Annual administration and progress report of the Indian Medical Department, Bombay
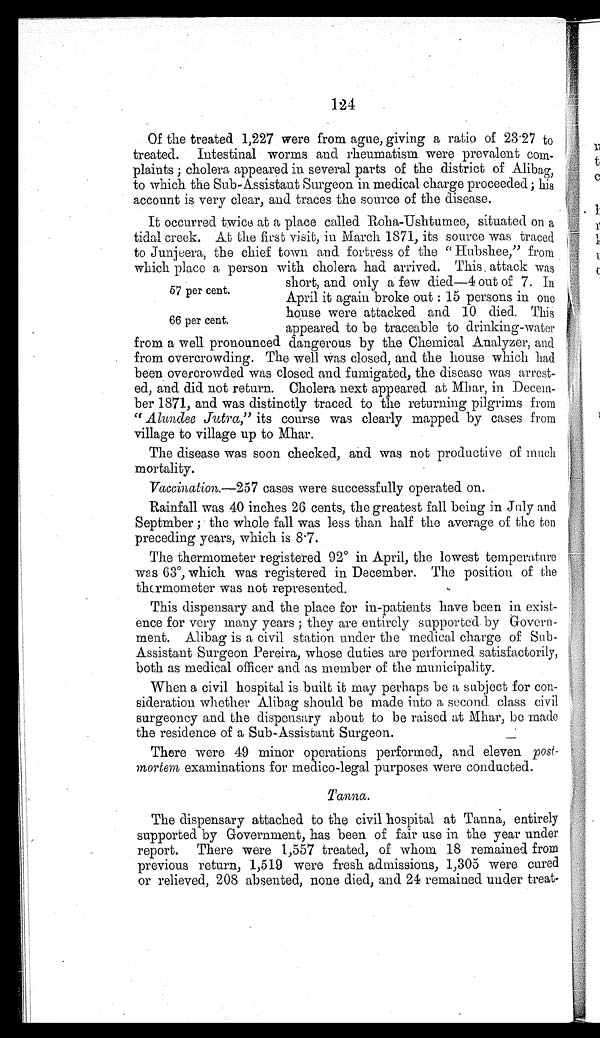
124
Of the treated 1,227 were from ague, giving a ratio of 23.27 to
treated. Intestinal worms and rheumatism were prevalent com-
plaints ; cholera appeared in several parts of the district of Alibag,
to which the Sub-Assistant Surgeon in medical charge proceeded ; his
account is very clear, and traces the source of the disease.
It occurred twice at a place called Roha-Ushtumee, situated on a
tidal creek. At the first visit, in March 1871, its source was traced
to Junjeera, the chief town and fortress of the " Hubshee," from
which place a person with cholera had arrived. This attack was
short, and only a few died—4 out of 7. In
April it again broke out : 15 persons in one
house were attacked and 10 died. This
appeared to bo traceable to drinking-water
from a well pronounced dangerous by the Chemical Analyzer; and
from overcrowding. The well was closed, and the house which had
been overcrowded was closed and fumigated, the disease was arrest-
ed, and did not return. Cholera next appeared at Mhar, in Decem-
ber 1871, and was distinctly traced to the returning pilgrims from
" Alundee Jutra, " its course was clearly mapped by cases from
village to village up to Mhar.
The disease was soon checked, and was not productive of much
mortality.
Vaccination.— 257 cases were successfully operated on.
Rainfall was 40 inches 26 cents, the greatest fall being in July and
Septmber ; the whole fall was less than half the average of the ten
preceding years, which is 8.7.
The thermometer registered 92° in April, the lowest temperature
was 63°, which was registered in December. The position of the
thermometer was not represented.
This dispensary and the place for in-patients have been in exist-
ence for very many years ; they are entirely supported by Govern-
ment. Alibag is a civil station under the medical charge of Sub-
Assistant Surgeon Pereira, whose duties are performed satisfactorily,
both as medical officer and as member of the municipality.
When a civil hospital is built it may perhaps be a subject for con-
sideration whether Alibag should be made into a second class civil
surgeoncy and the dispensary about to be raised at Mhar, be made
the residence of a Sub-Assistant Surgeon.
There were 49 minor operations performed, and eleven post-
mortem examinations for medico-legal purposes were conducted.
Tanna.
The dispensary attached to the civil hospital at Tanna, entirely
supported by Government, has been of fair use in the year under
report. There were 1,557 treated, of whom 18 remained from
previous return, 1,519 were fresh admissions, 1,305 were cured
or relieved, 208 absented, none died, and 24 remained under treat-
57 per cent.
66 per cent.